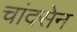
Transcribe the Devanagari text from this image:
चांदसेन